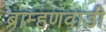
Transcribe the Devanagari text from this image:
ब्राम्हणवाडी